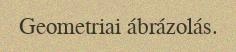
Geometriai ábrázolás.